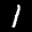
Label: 1